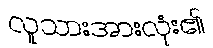
လူသားအားလုံး၏